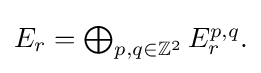
{\textstyle E_{r}=\bigoplus _{p,q\in \mathbb {Z} ^{2}}E_{r}^{p,q}.}